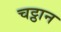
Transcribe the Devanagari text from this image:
चट्ठान